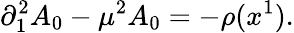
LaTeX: \partial_{1}^{2}A_{0}-\mu^{2}A_{0}=-\rho(x^{1}).